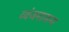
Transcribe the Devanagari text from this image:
व्यंजनाजन्य